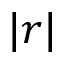
| r |